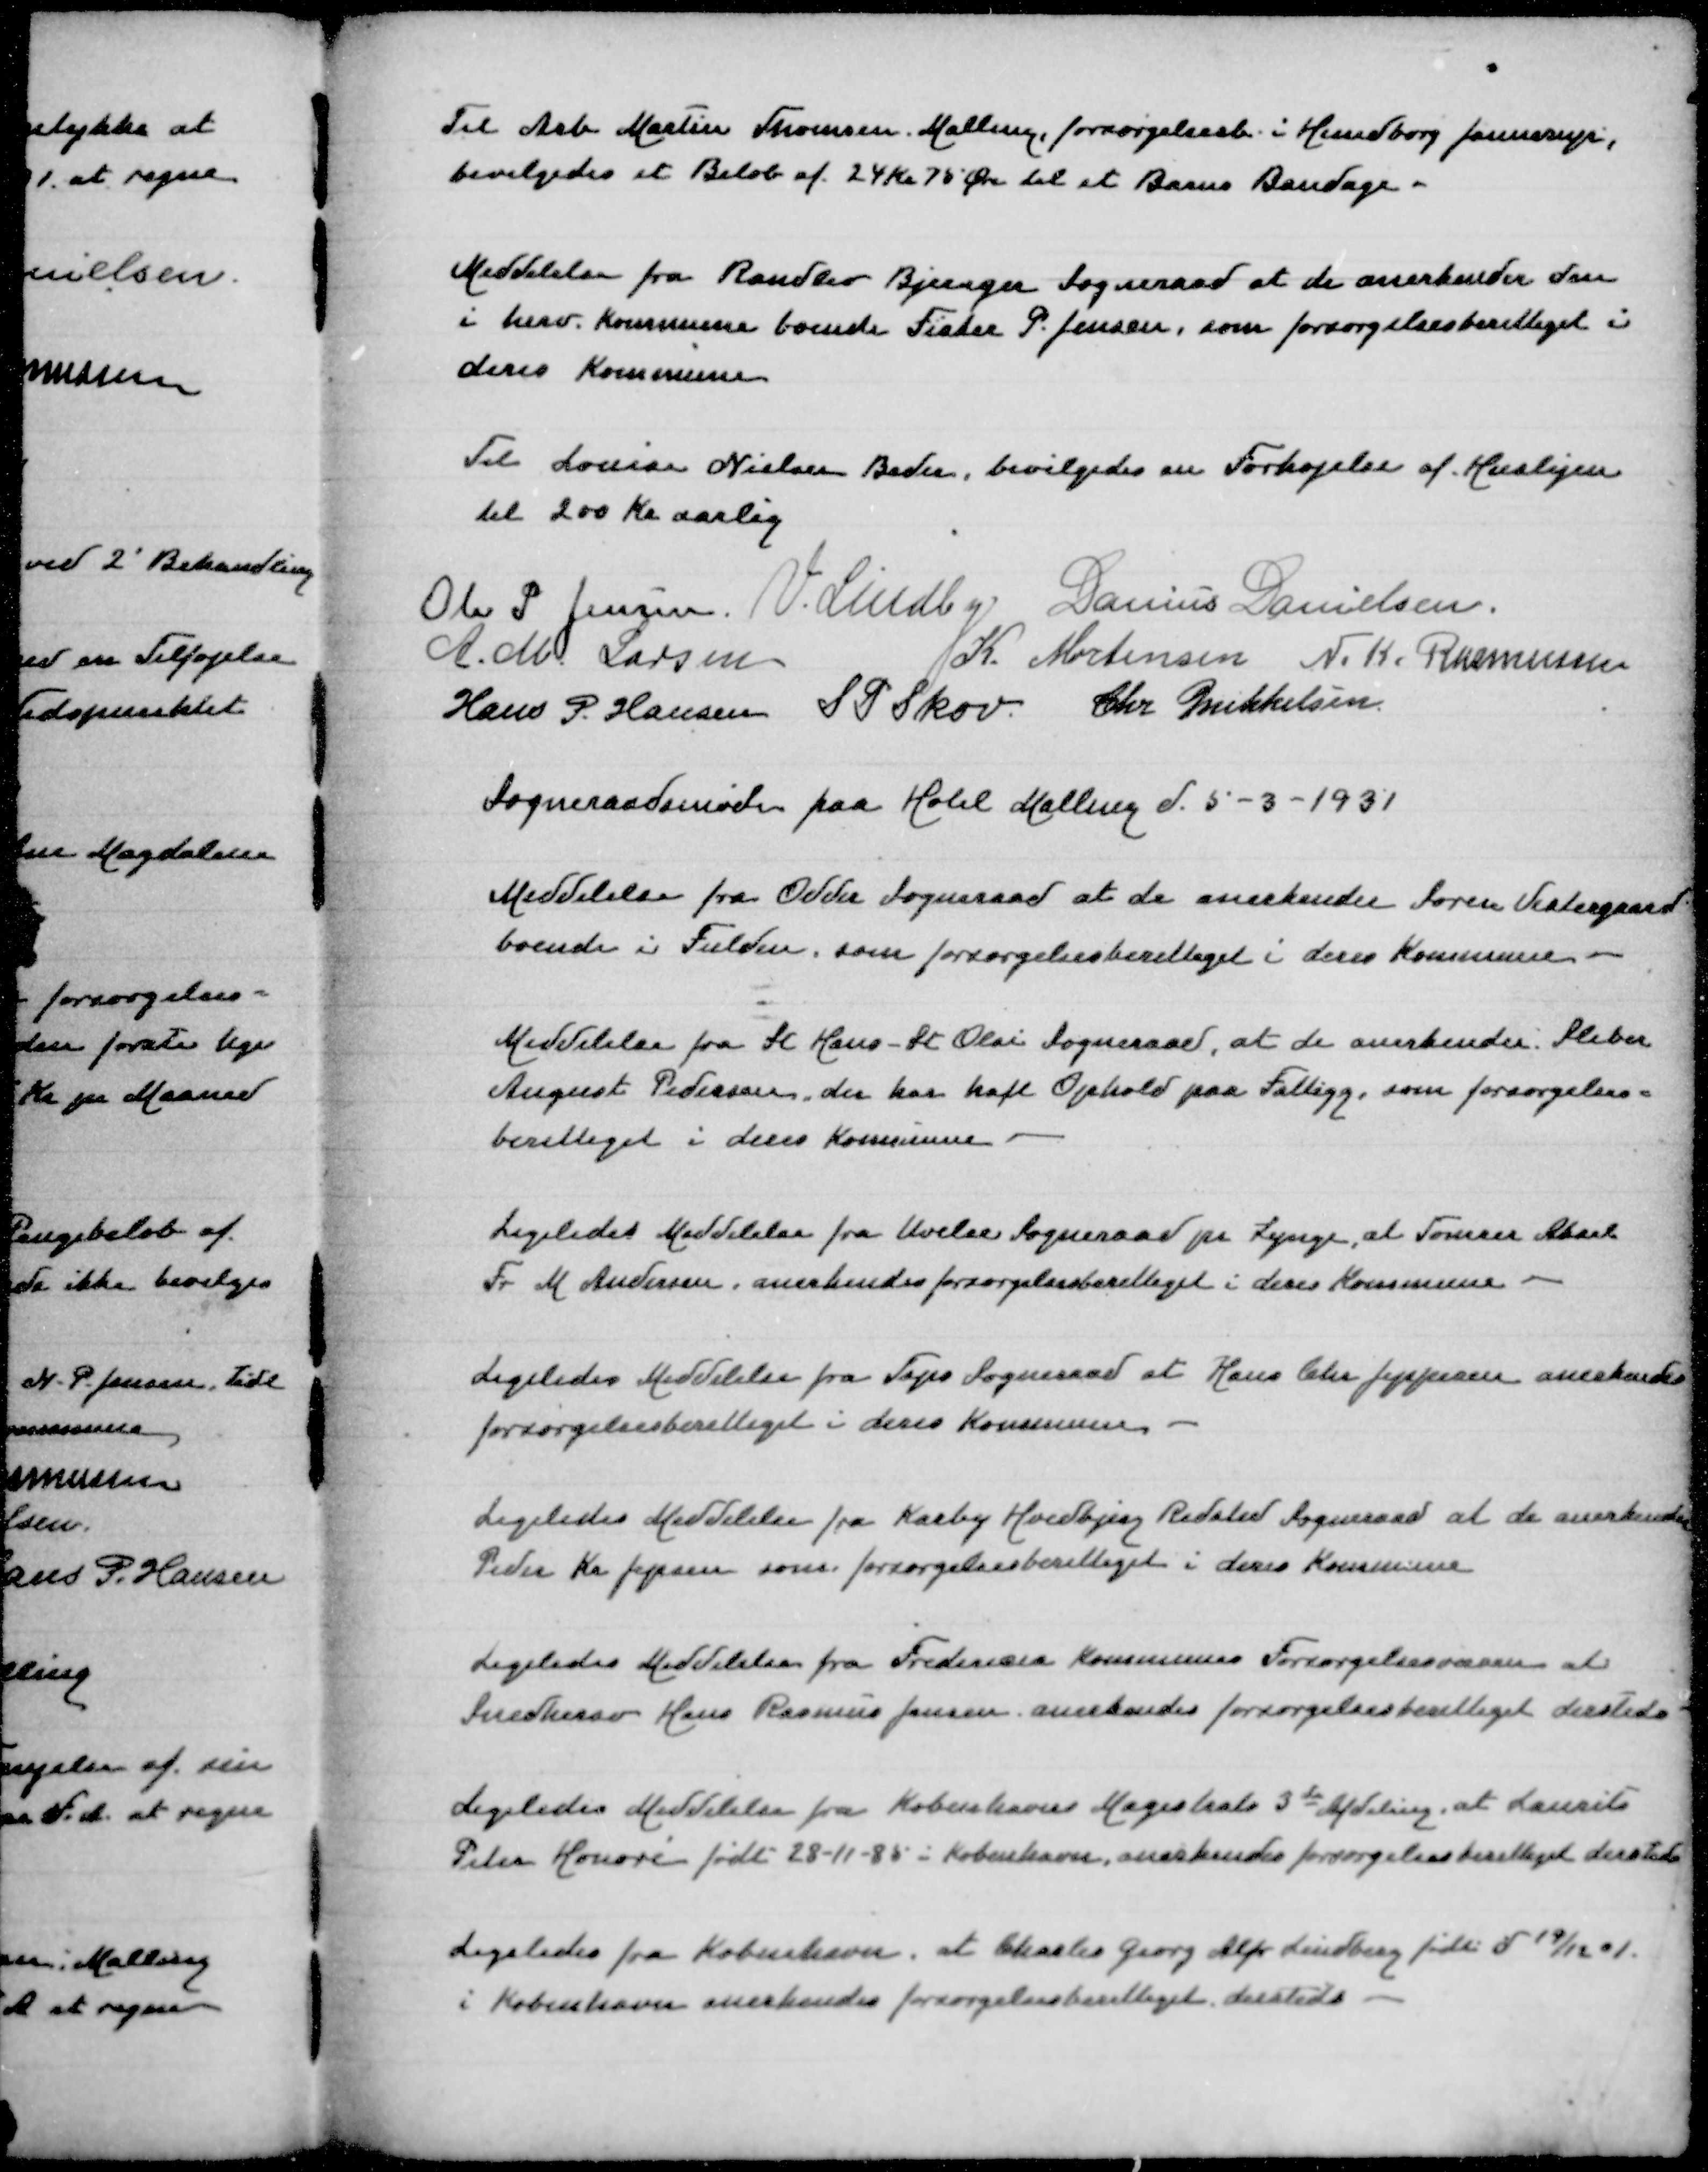
Transskription:
Til Arb Martin Thomsen, Malling, forsørgelsesb i Hundborg Jannerup
bevilgedes et Beløb af 24 Kr 75 Øre til et Barns Bandage

Meddelelse fra Randlev Bjerager Sogneraad at de anerkender den
i herv Kommune boende Fisker P Jensen, som forsørgelsesberettiget i
deres Kommune

Til Louise Nielsen Beder, bevilgedes en Forhøjelse af Huslejen
til 200 Kr aarlig
Ole P Jensen
V Lindby
Danius Danielsen
A M Larsen
K Mortensen
N K Rasmussen
Hans P Hansen
S P Skov
Chr Mikkelsen

Sogneraadsmøde paa Hotel Malling d 5-3-1931

Meddelelse fra Odder Sogneraad at de anerkender Søren Vestergaard
boende i Fulden, som forsørgelsesberettiget i deres Kommune

Meddelelse fra Sct Hans Sct Olai Kommune, at der anerkender Sliber
August Pedersen, der har haft Ophold paa Fattiggaarden, som forsørgelses=
berettiget i deres Kommune

Ligeledes meddelelse fra Uvelse Sogneraad pr Lynge, at Tømrer Aksel
Fr M Andersen, anerkendes forsørgelsesberettiget i deres Kommune

Ligeledes Meddelelse fra Taps Sogneraad at Hans Chr Jeppesen anerkendes
forsørgelsesberettiget i deres Kommune

Ligeledes Meddelelse fra Karby Hvidbjerg Redsted Sogneraad at de anerkender
Peder Chr Jensen som forsørgelsesberettiget i deres Kommune

Ligeledes Meddelelse fra Fredericia Kommunes Forsørgelsesvæsen at
Snedkersv Hans Rasmus Jensen anerkendes forsørgelsesberettiget dersteds

Ligeledes Meddelelse fra Københavns Magistrats 3de Afdeling, at Laurits
Peter Honore født 28-11-85 i København anerkendes forsørgelsesberettiget dersteds

Ligeledes fra København at Charles Georg Alfr Lindberd født 19/12 01
i København anerkendes forsørgelsesberettiget dersteds